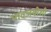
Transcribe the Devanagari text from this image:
भावजयीशी